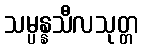
သမ္ပန္နသီလသုတ္တ